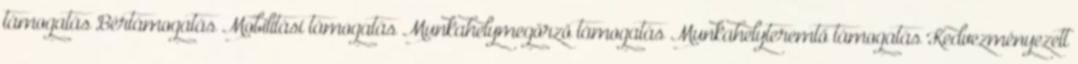
támogatás Bértámogatás Mobilitási támogatás Munkahelymegőrző támogatás Munkahelyteremtő támogatás Kedvezményezett